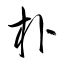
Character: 朴